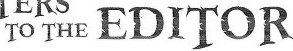
TO THE EDITOR